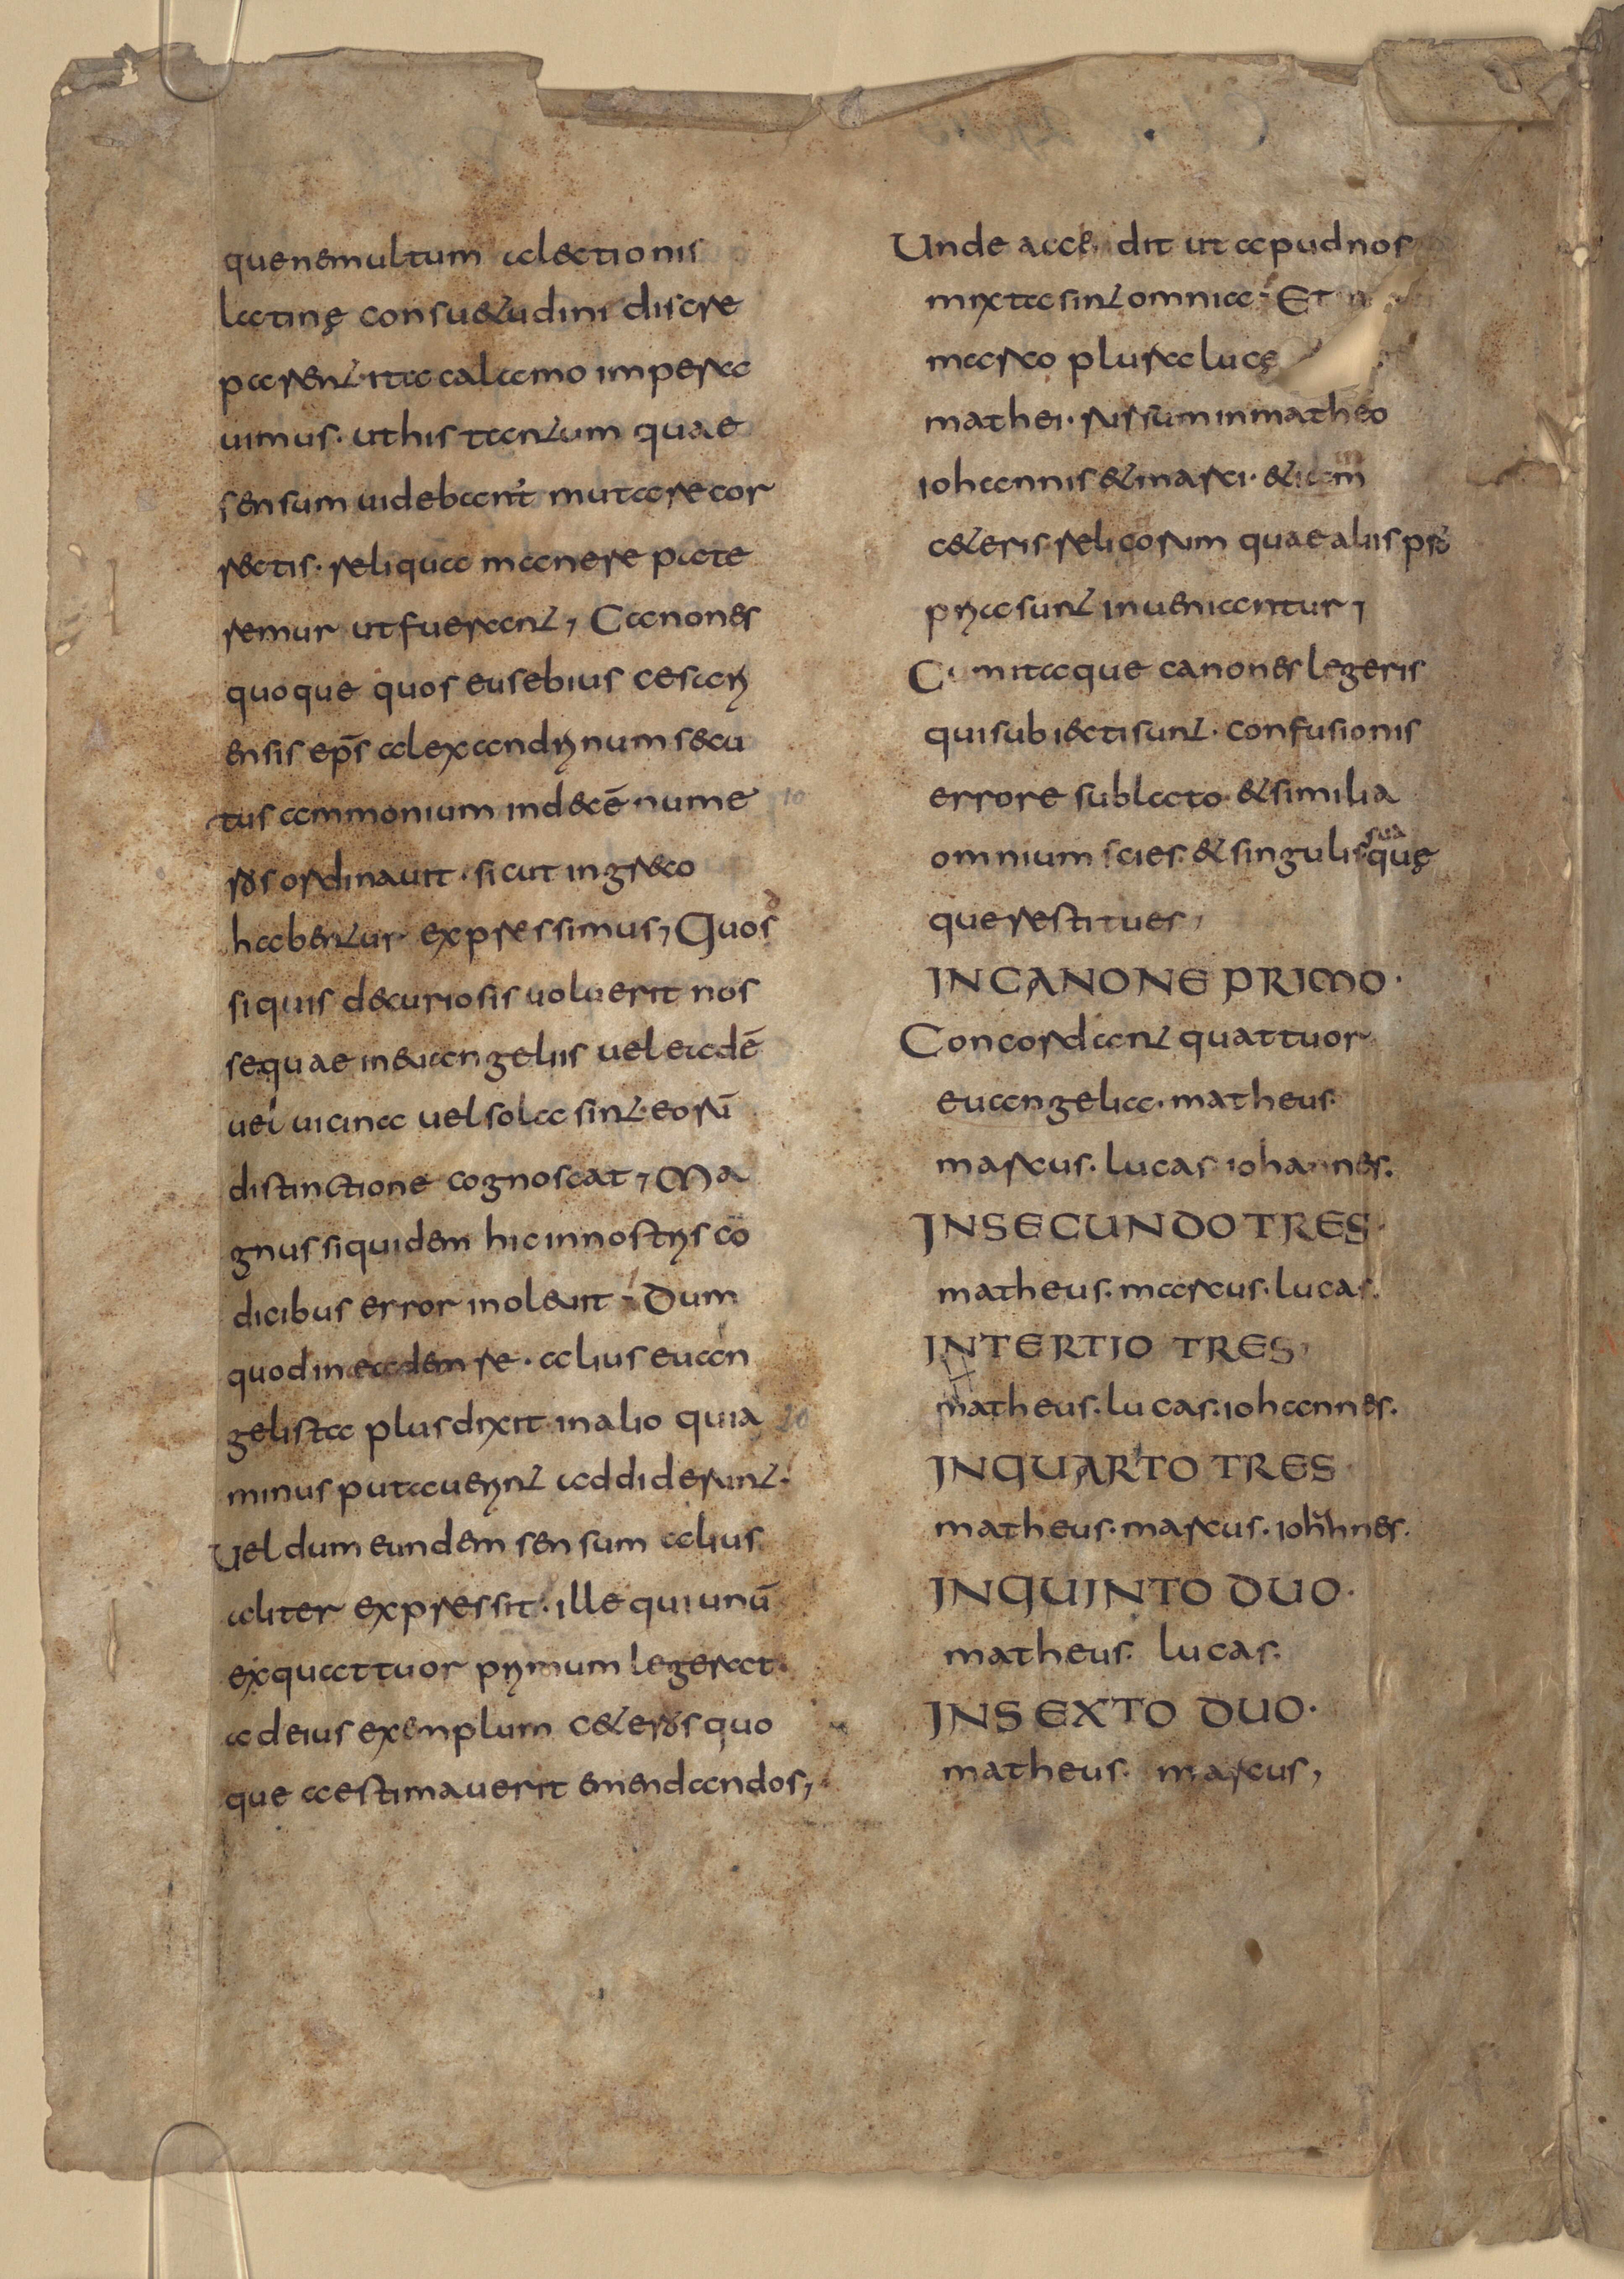
Shelfmark: Munich, Bayerische Staatsbibliothek, Clm 29404
Century: 8